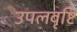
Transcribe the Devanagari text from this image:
उपलवृष्टि